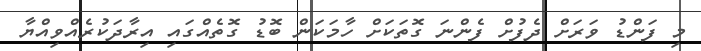
މި ފަންޑު ވަރަށް ދެފުށް ފެންނަ ގޮތަކަށް ހާމަކަން ބޮޑު ގޮތެއްގައި އިރާދަކުރެއްވިއްޔާ